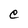
Character: e